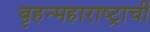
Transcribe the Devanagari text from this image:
बृहन्महाराष्ट्राची